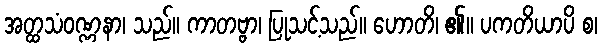
အတ္ထသံဝဏ္ဏနာ၊ သည်။ ကာတဗ္ဗာ၊ ပြုသင့်သည်။ ဟောတိ၊ ၏။ ပကတိယာပိ စ၊